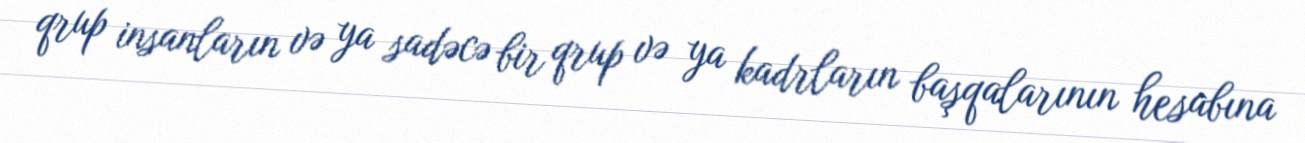
qrup insanların və ya sadəcə bir qrup və ya kadrların başqalarının hesabına